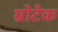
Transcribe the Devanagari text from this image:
म्रोटेक